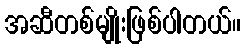
အဆီတစ်မျိုးဖြစ်ပါတယ်။